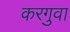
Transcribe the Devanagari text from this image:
करगुवा